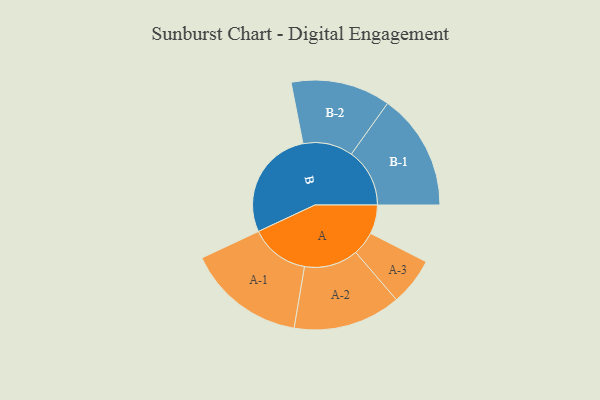
{"axis": {"x": "Segment", "y": "Value"}, "legend": ["", "A", "B"], "data": [{"x": "A", "y": 130, "type": ""}, {"x": "B", "y": 500, "type": ""}, {"x": "A-1", "y": 266, "type": "A"}, {"x": "A-2", "y": 242, "type": "A"}, {"x": "A-3", "y": 107, "type": "A"}, {"x": "B-1", "y": 262, "type": "B"}, {"x": "B-2", "y": 224, "type": "B"}]}